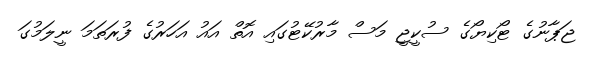
ޖަޕާނުގެ ޓޯކިޔޯގެ ސުކީޖީ މަސް މާރުކޭޓުގައި އޮތް އައު އަހަރުގެ ފުރަތަމަ ނީލަމުގަ